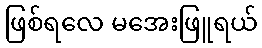
ဖြစ်ရလေ မအေးဖြူရယ်